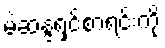
မဲဆန္ဒရှင်စာရင်းကို